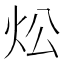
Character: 炂